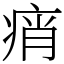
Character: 痟